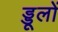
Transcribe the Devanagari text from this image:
ड्डूलों